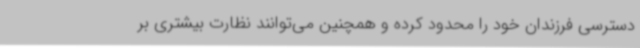
دسترسی فرزندان خود را محدود کرده و همچنین می‌توانند نظارت بیشتری بر